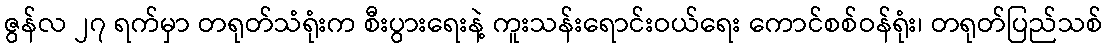
ဇွန်လ ၂၇ ရက်မှာ တရုတ်သံရုံးက စီးပွားရေးနဲ့ ကူးသန်းရောင်းဝယ်ရေး ကောင်စစ်ဝန်ရုံး၊ တရုတ်ပြည်သစ်